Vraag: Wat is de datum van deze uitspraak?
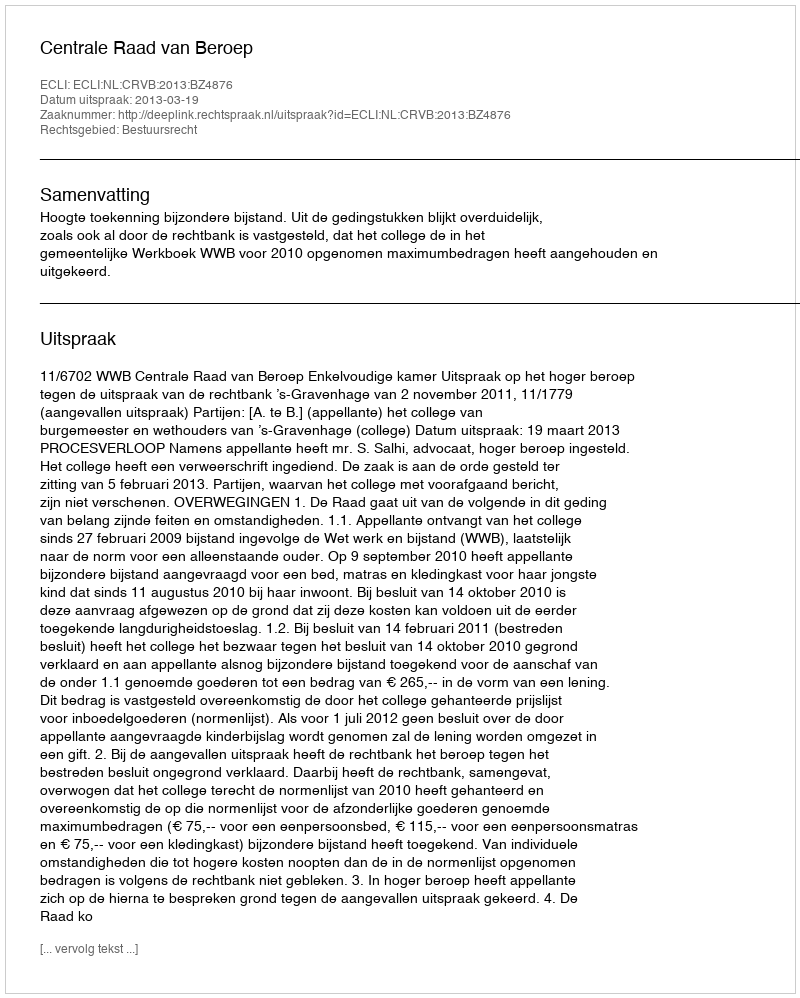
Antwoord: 2013-03-19